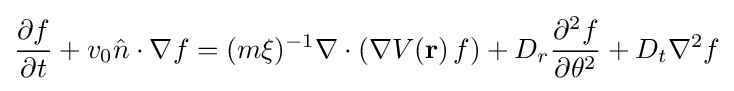
{\frac {\partial f}{\partial t}}+v_{0}{\hat {n}}\cdot \nabla f=(m\xi )^{-1}\nabla \cdot (\nabla V(\mathbf {r} )\,f)+D_{r}{\frac {\partial ^{2}f}{\partial \theta ^{2}}}+D_{t}\nabla ^{2}f